Annual report of the Punjab Veterinary College and of the Civil Veterinary Department, Punjab - 1909-1919
Year: 1909
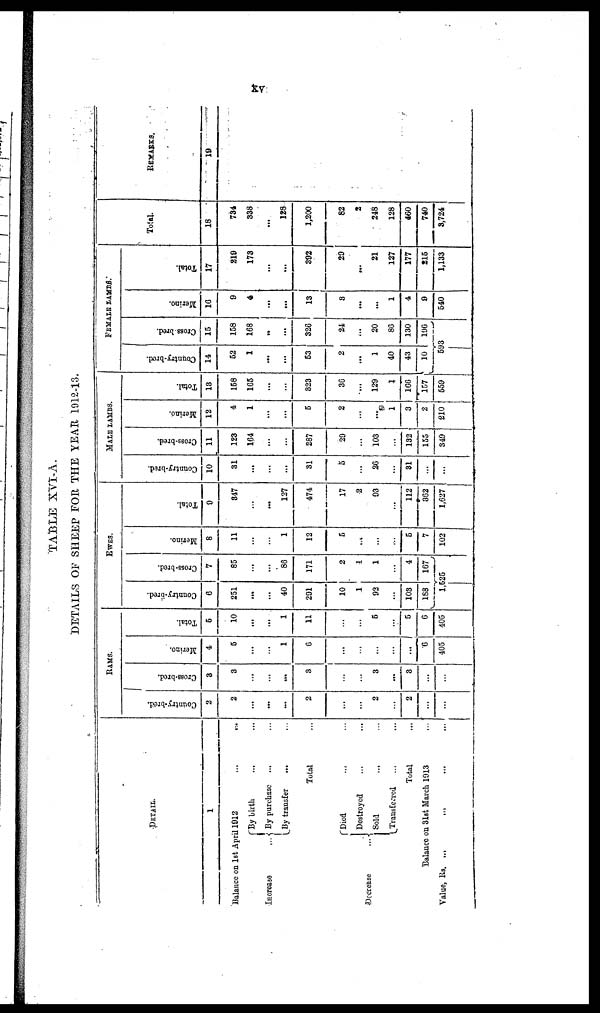
xv
TABLE XVI-A.
DETAILS OF SHEEP FOR THE YEAR 1912-13.
DETAIL.
1
Balance on 1st April 1912
...
...
...
...
Increase
Decrease
...
By birth ... ... ... ...
By purchase ... ...
By transfer
...
Total ...
Died ... ... ...
Destroyed ... ... ...
Sold ...
Transferred ... ...
Total ...
Balance on 31st March 1913 ...
Value,
Rs.
...
...
...
...
...
RAMS.
Country-bred.
2
2
...
...
...
2
...
...
2
...
2
...
...
Cross-bred.
3
3
...
...
...
3
...
...
3
...
3
...
...
Merino.
4
5
...
...
1
6
...
...
...
...
...
6
405
Total.
5
10
...
...
1
11
...
...
5
...
5
6
405
EWES.
Country-bred.
6
251
...
...
40
291
10
1
92
...
103
188
...
Cross-bred.
7
85
...
...
86
171
2
1
1
...
4
167
1,525
Merino.
8
11
...
...
1
12
5
...
...
...
5
7
102
Total.
9
847
...
...
127
474
17
2
93
...
112
362
1,627
MALE LAMBS.
Country-bred.
10
31
...
...
...
31
5
...
26
...
31
...
...
Cross-bred.
11
123
164
...
...
287
29
...
103
...
132
155
349
Merino.
12
4
1
...
...
5
2
...
...
1
3
2
210
Total.
18
158
165
...
...
823
36
...
129
1
166
157
559
FEMALE
LAMBS.
Country-bred.
14
52
1
...
...
53
2
...
1
40
43
10
Crossbred.
15
158
168
...
...
326
24
...
20
86
130
196
593
Merino.
16
9
4
...
...
13
3
...
...
1
4
9
540
Total.
17
219
173
...
...
392
29
...
21
127
177
215
1,133
Total.
18
734
338
...
128
1,200
82
2
248
128
460
740
3,724
REMARKS.
19